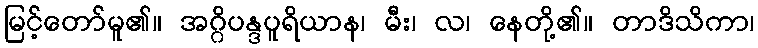
မြင့်တော်မူ၏။ အဂ္ဂိပန္ဒပူရိယာန၊ မီး၊ လ၊ နေတို့၏။ တာဒိသိကာ၊